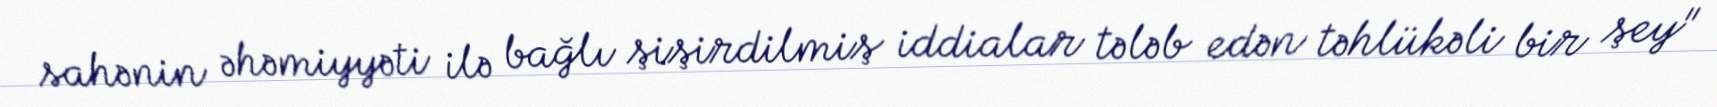
sahənin əhəmiyyəti ilə bağlı şişirdilmiş iddialar tələb edən təhlükəli bir şey"